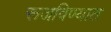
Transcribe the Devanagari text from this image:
रूजविण्यात